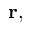
\mathbf { r } ,